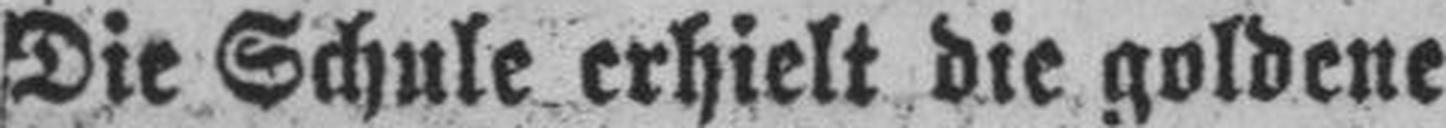
Die Schule erhielt die goldene